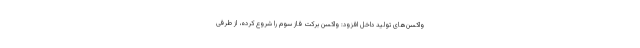
واکسن‌های تولید داخل افزود: واکسن برکت فاز سوم را شروع کرده، از طرفی